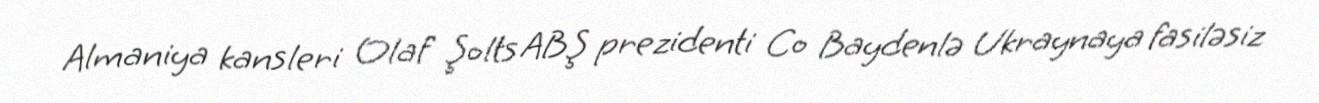
Almaniya kansleri Olaf Şolts ABŞ prezidenti Co Baydenlə Ukraynaya fasiləsiz